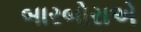
બારબોરાએ